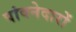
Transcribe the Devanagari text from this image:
पांवनेदारों